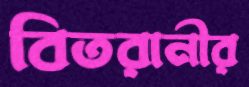
বিতরানীর